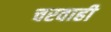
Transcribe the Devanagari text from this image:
चरवाही